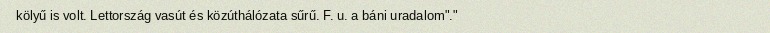
kölyű is volt. Lettország vasút és közúthálózata sűrű. F. u. a báni uradalom"."